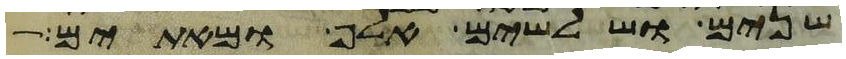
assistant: שנים ושלשים אלף ומאתים